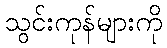
သွင်းကုန်များကို